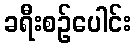
ခရီးစဉ်ပေါင်း